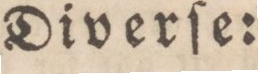
Diverſe: